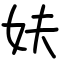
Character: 妋